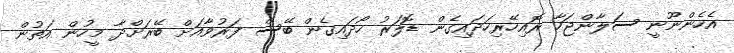
އެހެންނޫނީ ސަލާންޖަހާ ރޮއިހޭރިހަދައިގެން ޑޮލަރު ހޯދައިގެން ބޭސް ފަރުވާއަށް ބޭރަށްދާ މީހުން އަތުން